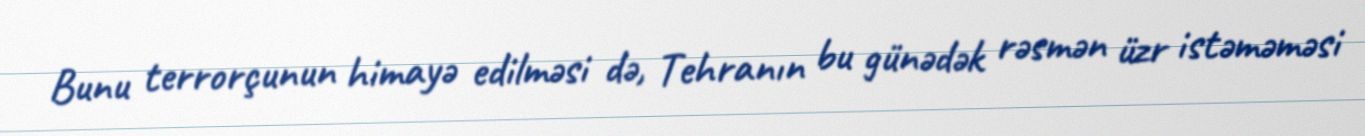
Bunu terrorçunun himayə edilməsi də, Tehranın bu günədək rəsmən üzr istəməməsi